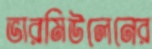
ভারমিউলেনের